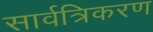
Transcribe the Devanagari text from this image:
सार्वत्रिकरण